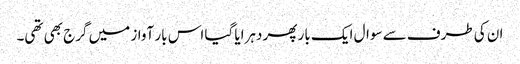
ان کی طرف سے سوال ایک بار پھر دہرایا گیا اس بار آواز میں گرج بھی تھی۔